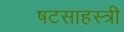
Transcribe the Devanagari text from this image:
षटसाहस्त्री